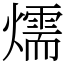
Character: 燸